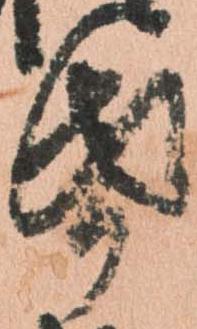
紙